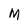
Character: M